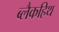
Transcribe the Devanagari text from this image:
ब्लैकहिथ